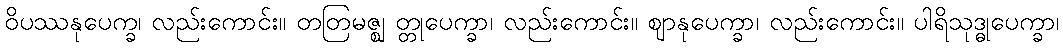
ဝိပဿနုပေက္ခ၊ လည်းကောင်း။ တတြမဇ္ဈ တ္တုပေက္ခာ၊ လည်းကောင်း။ ဈာနုပေက္ခာ၊ လည်းကောင်း။ ပါရိသုဒ္ဓုပေက္ခာ၊